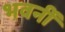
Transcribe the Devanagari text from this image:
भवनीं